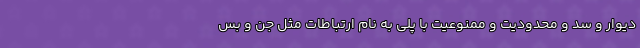
دیوار و سد و محدودیت و ممنوعیت با پلی به نام ارتباطات مثل جن و بس